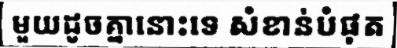
មួយដូចគ្នានោះទេ សំខាន់បំផុត